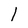
Character: 1